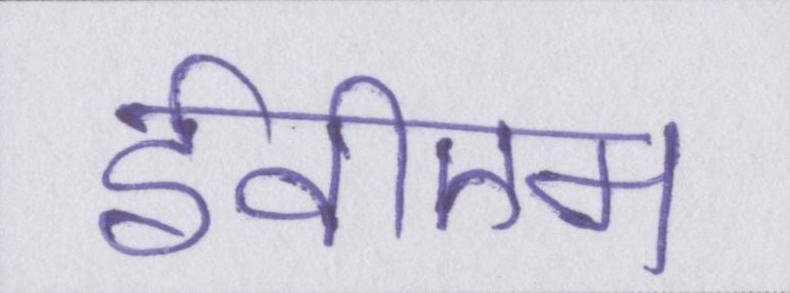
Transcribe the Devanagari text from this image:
ईवीएम